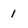
Character: 1